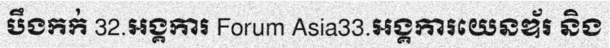
បឹងកក់ 32.អង្គការ Forum Asia33.អង្គការយេនឌ័រ និង